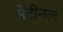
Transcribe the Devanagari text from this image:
सेंटीनल